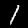
Digit: 1